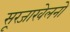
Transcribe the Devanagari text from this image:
सूरजाखेलनो